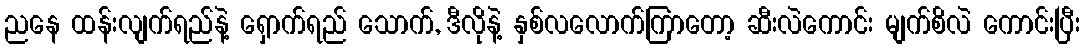
ညနေ ထန်းလျက်ရည်နဲ့ ရှောက်ရည် သောက်, ဒီလိုနဲ့ နှစ်လလောက်ကြာတော့ ဆီးလဲကောင်း မျက်စိလဲ ကောင်းပြီး